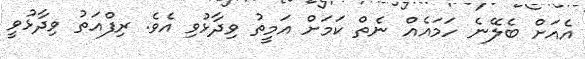
އެއަށް ބެލޭނެ ހަމައެއް ނެތް ކަމަށް އަމީތު ވިދާޅުވި އެވެ. ރިފްއަތު ވިދާޅުވީ